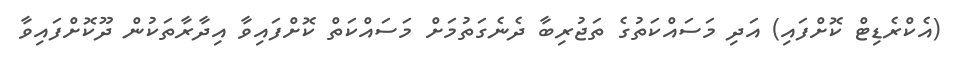
(އެކްރެޑިޓް ކޮށްފައި) އަދި މަސައްކަތުގެ ތަޖުރިބާ ދެނެގަތުމަށް މަސައްކަތް ކޮށްފައިވާ އިދާރާތަކުން ދޫކޮށްފައިވާ